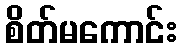
စိတ်မကောင်း